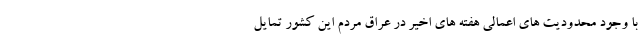
با وجود محدودیت های اعمالی هفته های اخیر در عراق مردم این کشور تمایل